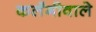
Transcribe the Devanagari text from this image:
कलँगीवाले